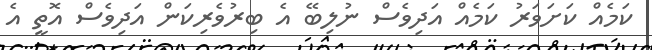
ކަމެއް ކަށަވަރު ކަމެއް އަދިވެސް ނުލިބޭ އެ ބިރުވެރިކަން އަދިވެސް އޮތީ އެ